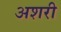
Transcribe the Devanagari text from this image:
अशरी